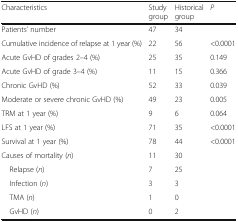
| Characteristics | Study group | Historical group | P |
 | --- | --- | --- | --- |
 | Patients’ number | 47 | 34 |  |
 | Cumulative incidence of relapse at 1 year (%) | 22 | 56 | <0.0001 |
 | Acute GvHD of grades 2–4 (%) | 25 | 35 | 0.149 |
 | Acute GvHD of grade 3–4 (%) | 11 | 15 | 0.366 |
 | Chronic GvHD (%) | 52 | 33 | 0.039 |
 | Moderate or severe chronic GvHD (%) | 49 | 23 | 0.005 |
 | TRM at 1 year (%) | 9 | 6 | 0.064 |
 | LFS at 1 year (%) | 71 | 35 | <0.0001 |
 | Survival at 1 year (%) | 78 | 44 | <0.0001 |
 | Causes of mortality (n) | 11 | 30 |  |
 | Relapse (n) | 7 | 25 |  |
 | Infection (n) | 3 | 3 |  |
 | TMA (n) | 1 | 0 |  |
 | GvHD (n) | 0 | 2 |  |